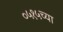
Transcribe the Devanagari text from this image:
०५१५च्या